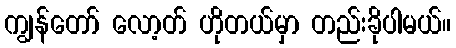
ကျွန်တော် လော့တ် ဟိုတယ်မှာ တည်းခိုပါမယ်။